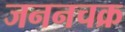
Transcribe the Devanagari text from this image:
जननचक्र